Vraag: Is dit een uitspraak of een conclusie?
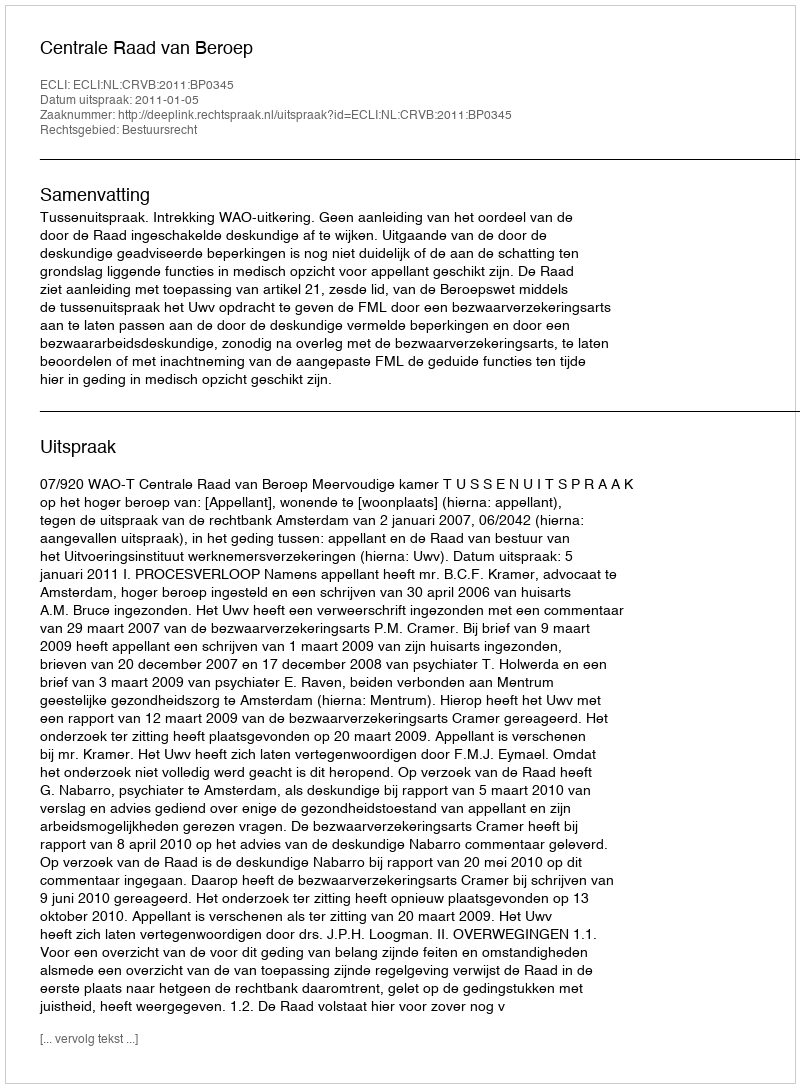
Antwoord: Uitspraak